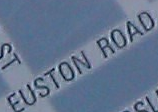
EUSTON ROAD